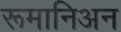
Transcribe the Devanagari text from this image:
रूमानिअन